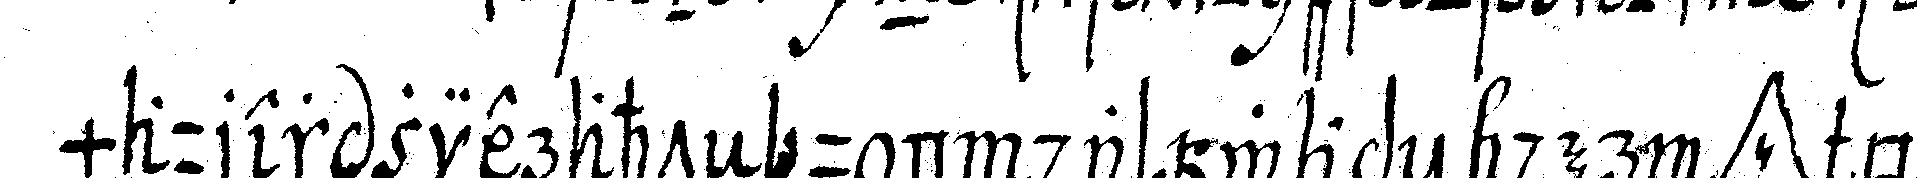
maurer zierahteN und das wapeN der *tri..* be